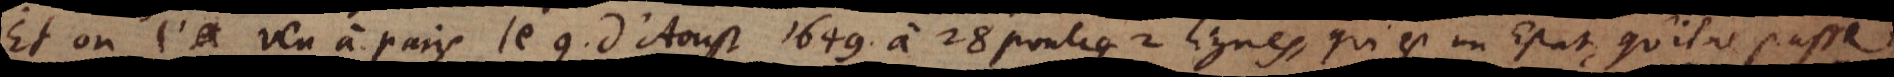
Et on l’a veu à Paris le 9. d’Aoust 1649 à 28 poulces 2 lignes, qui est un Estat, qu’il ne passe